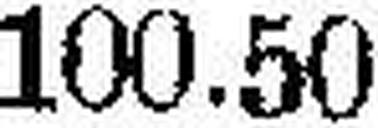
100.50